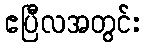
ဧပြီလအတွင်း